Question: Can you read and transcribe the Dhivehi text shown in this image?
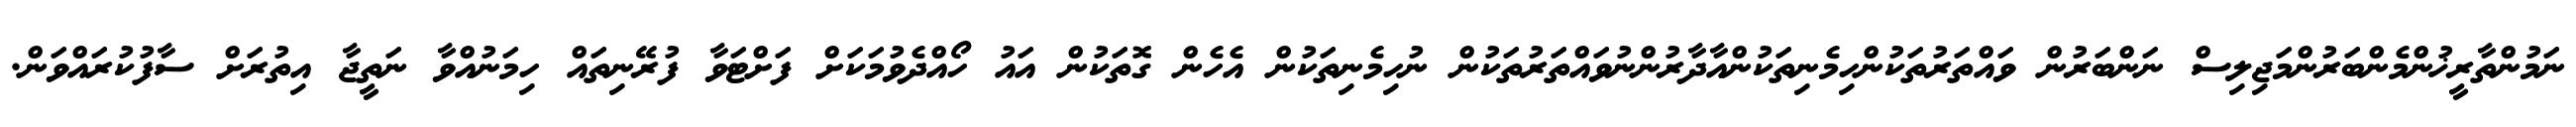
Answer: ނަމުންތާރީޚުންމެންބަރުންމަޖިލިސް ނަންބަރުން ވައްތަރުތަކުންހިމެނިތަކުންއާދާރުންނުވައްތަރުތަކުން ނުހިމެނިތަކުން އެހެން ގޮތަކުން އައު ހޯއްދެވުމަކަށް ފަށްޓަވާ ފުރޭނިތައް ހިމަނުއްވާ ނަތީޖާ އިތުރަށް ސާފުކުރައްވަން.